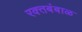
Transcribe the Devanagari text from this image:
रक्‍तबंबाळ